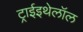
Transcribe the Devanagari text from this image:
ट्राईइथेलॉल